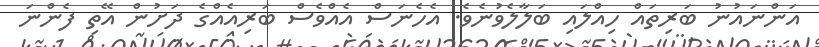
އަންނައުނު ބަރިތައް ހިއްލައި ބަލާލެވުނެވެ. އެހެނަސް އެއްވެސް ބަރިއެއްގެ ދަށުން އޭތި ފެންނަ